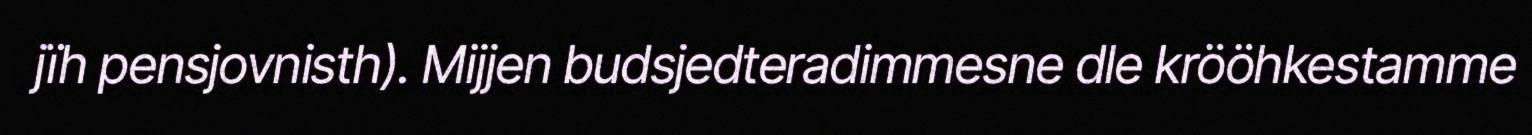
jïh pensjovnisth). Mijjen budsjedteradimmesne dle krööhkestamme